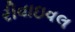
રીવાઇવલ